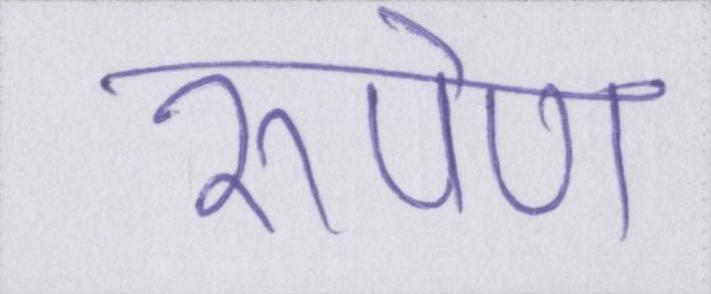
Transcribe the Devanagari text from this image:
रूपेण